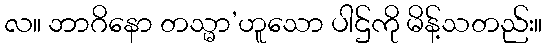
လ။ ဘာဂိနော တသ္မာ’ဟူသော ပါဌ်ကို မိန့်သတည်း။